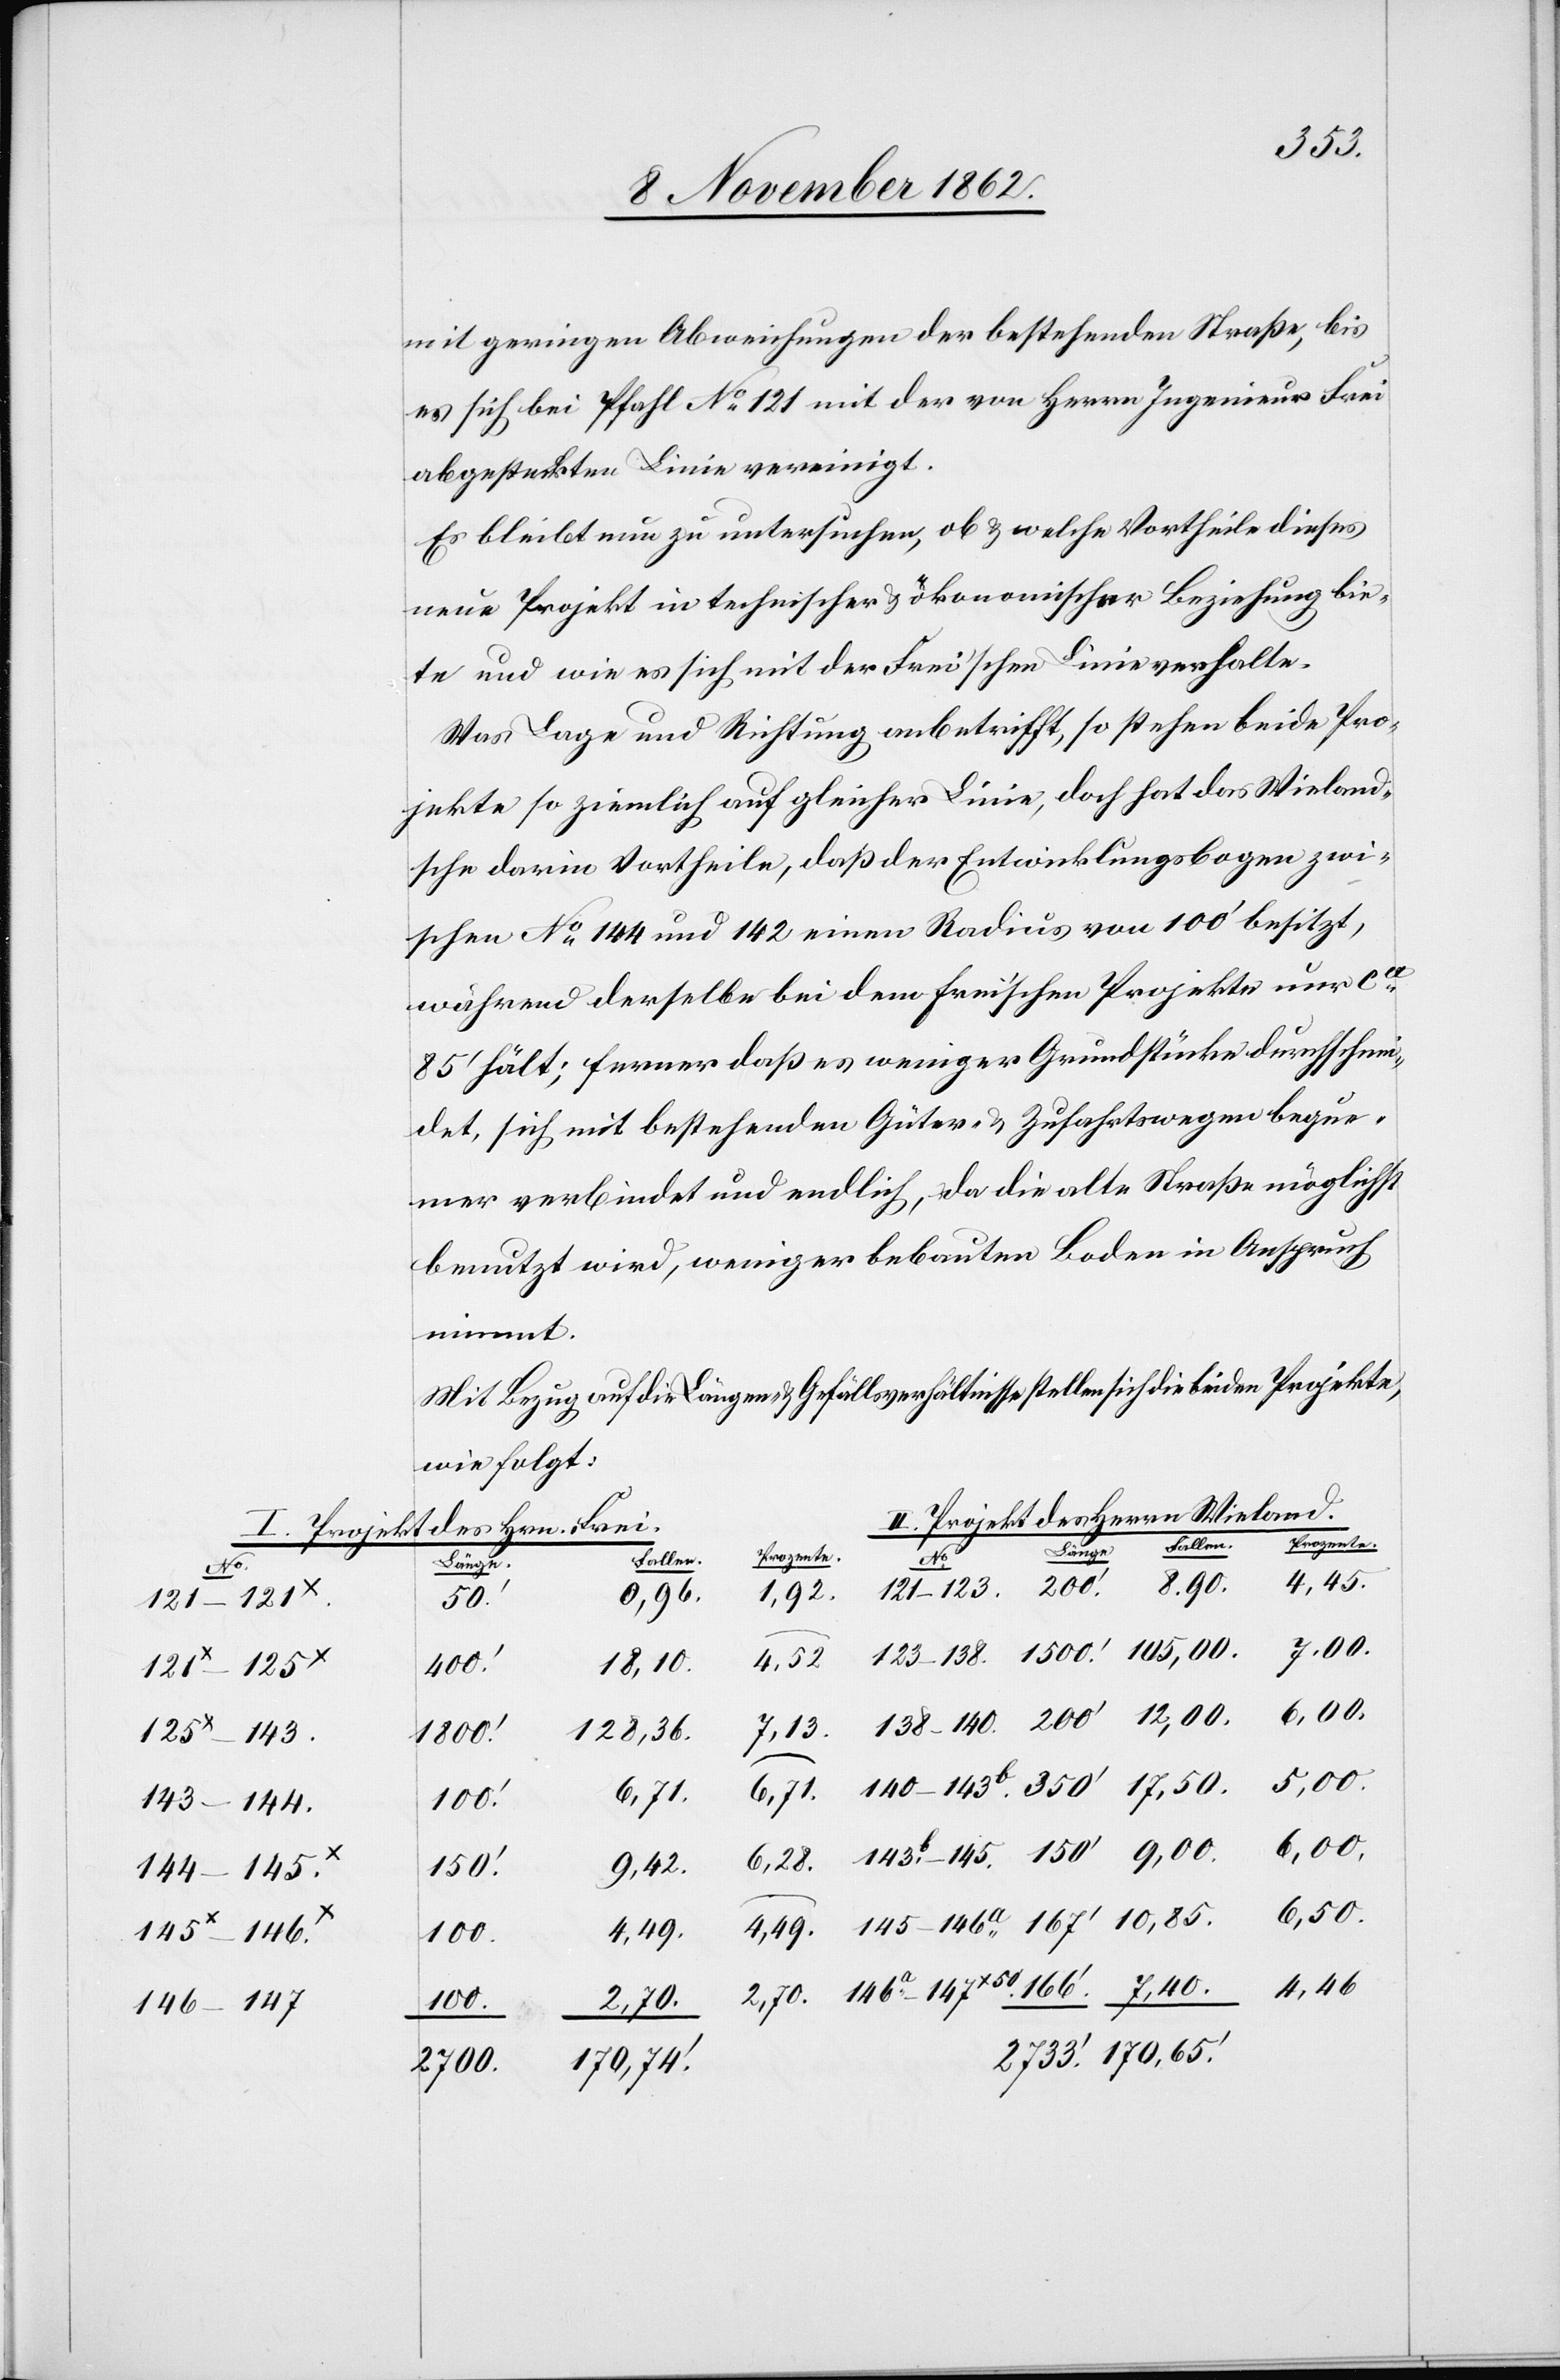
350’
mit geringen Abweichungen der bestehenden Straße, bis
es sich bei Pfahl No 121 mit der von Herrn Ingenieur Frei
abgesteckten Linie vereinigt.
Es bleibt nun zu untersuchen, ob u. welche Vortheile dieses
neue Projekt in technischer u. ökonomischer Beziehung bie¬
te und wie es sich mit der Frei’schen Linie verhalte.
Was Lage und Richtugn anbetrifft, so stehen beide Pro¬
jekte so ziemlich auf gleicher Linie, doch hat das Wieland¬
sche darin Vortheile, daß der Entwicklungsbogen zwi¬
schen No 144 und 142 einen Radius von 100’ besitzt,
während derselbe bei dem frei’schen Projekte nur ca
85’ hält; ferner daß es weniger Grundstücke durchschnei¬
det, sich mit bestehenden Güter- u. Zufahrtswegen beque¬
mer verbindet und endlich, da die alte Straße möglichst
benutzt wird, weniger bebauten Boden in Anspruch
nimmt.
Mit Bezug auf die Längen u. Gefällsverhältnisse stellen sich die beiden Projekte,
wie folgt:
II. Projekt des Herrn Wieland.
I. Projekt des Hrn. Frei
Länge
Prozente
6,50.
Fallen
No
4,46.
8,90.
123–138.
50’
400’
12,00.
128,36.
105,00.
125x–143
6,71.
6,00.
145–146a
150’
9,42.
144–145x
1800’
10,85.
146–147
2700.
170,74’